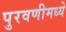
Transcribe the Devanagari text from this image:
पुरवणीमध्ये